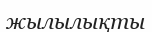
жылылықты